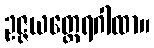
ဥဇ္ဇယတ္ထေရဂါထာ။